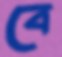
বে